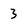
Character: 3